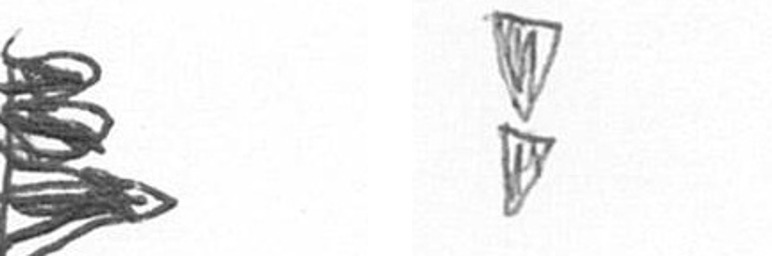
H Z